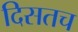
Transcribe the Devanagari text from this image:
दिसतच